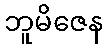
ဘူမိဇေန